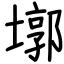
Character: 墎